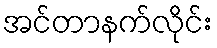
အင်တာနက်လိုင်း